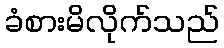
ခံစားမိလိုက်သည်